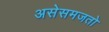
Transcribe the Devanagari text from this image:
असेसमजतो